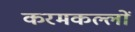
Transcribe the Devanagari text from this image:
करमकल्लों